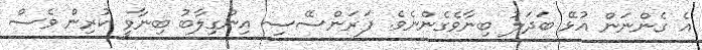
އެ ގެންނަން އުޅޭ ބަދަލު ބިނާވެގެންނެވެ. ފަރަންސޭސި އިންގިލާބު ބިނާވީ ކުރިން ވެސް